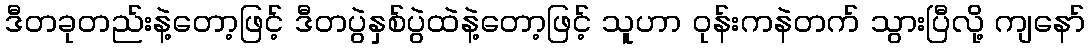
ဒီတခုတည်းနဲ့တော့ဖြင့် ဒီတပွဲနှစ်ပွဲထဲနဲ့တော့ဖြင့် သူဟာ ဝုန်းကနဲတက် သွားပြီလို့ ကျနော်